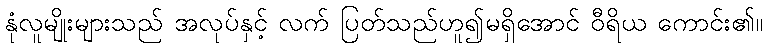
နုံလူမျိုးများသည် အလုပ်နှင့် လက် ပြတ်သည်ဟူ၍မရှိအောင် ဝီရိယ ကောင်း၏။